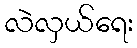
လဲလှယ်ရေး